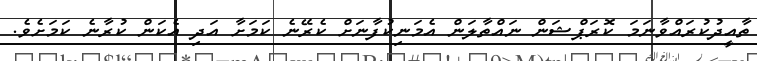
ތާއީދުކުރައްވާނަމަ ކޮރަޕްޝަން ނައްތާލަން އެމަނިކުފާނަށް ކެރޭނެ ކަމަށާ އަދި އެކަން ކުރާނެ ކަމަށެވެ.